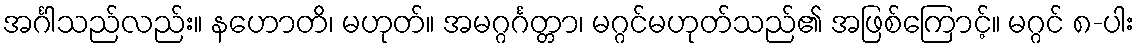
အင်္ဂါသည်လည်း။ နဟောတိ၊ မဟုတ်။ အမဂ္ဂင်္ဂတ္တာ၊ မဂ္ဂင်မဟုတ်သည်၏ အဖြစ်ကြောင့်။ မဂ္ဂင် ၈-ပါး